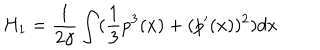
LaTeX: H _ { 1 } = \frac { 1 } { 2 \gamma } \int ( \frac { 1 } { 3 } p ^ { 3 } ( x ) + ( p ^ { \prime } ( x ) ) ^ { 2 } ) d x